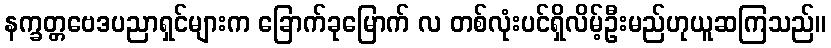
နက္ခတ္တဗေဒပညာရှင်များက ခြောက်ခုမြောက် လ တစ်လုံးပင်ရှိလိမ့်ဦးမည်ဟုယူဆကြသည်။